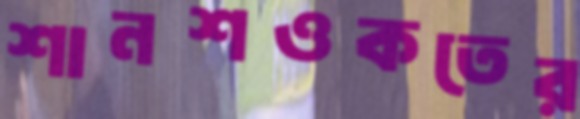
শানশওকতের